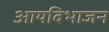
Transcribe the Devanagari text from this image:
आयविभाजन